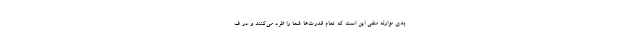
بدی موازنه منفی این است که تمام قدرت‌ها شما را طرد می‌کنند و در ف